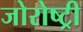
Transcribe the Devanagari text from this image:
जोरोष्ट्री